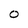
Character: O